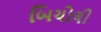
બિચોલી